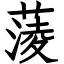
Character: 蔆